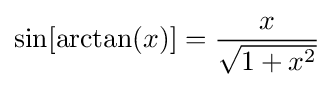
\sin[\arctan(x)]={\frac {x}{\sqrt {1+x^{2}}}}